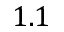
1 . 1